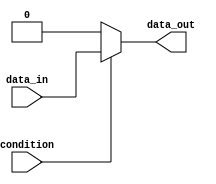
module example_module (
  input wire condition,
  input wire data_in,
  output wire data_out
);

  reg data_out_reg;

  always @*
  begin
    if (condition)
    begin
      // Actions to be performed if condition is true
      data_out_reg = data_in;
    end
    else
    begin
      // Actions to be performed if condition is false
      data_out_reg = 0;
    end
  end

  assign data_out = data_out_reg;

endmodule